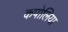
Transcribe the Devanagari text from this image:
कपोलिया